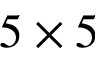
5 \times 5